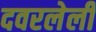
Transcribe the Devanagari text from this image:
दवरलेली